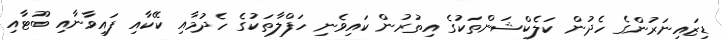
ޑިޒައިނަރުންގެ ހެދުން ކަލެކްޝަންތަކުގެ އިތުރުން ކައިވެނި ހަފްލާތަކުގެ ހެދުމާއި ކޭކާއި ފައިވާނާއި ބޫޓާއި